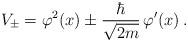
LaTeX: \begin{align*}V_\pm = \varphi^2(x) \pm \frac{\hbar}{\sqrt{2 m}}\, \varphi'(x)\,.\end{align*}